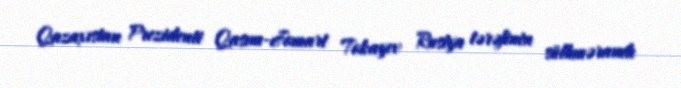
Qazaxıstan Prezidenti Qasım-Jomart Tokayev Rusiya tərəfinin sülhməramlı